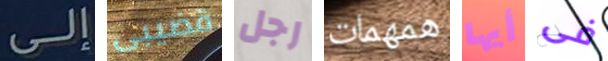
إلى قضيبى رجل همهمات أيها فى